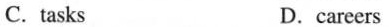
C.tasks